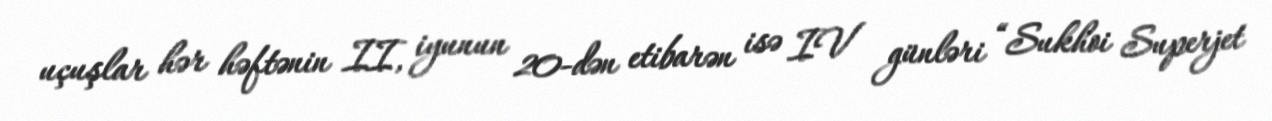
uçuşlar hər həftənin II, iyunun 20-dən etibarən isə IV günləri “Sukhoi Superjet